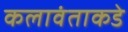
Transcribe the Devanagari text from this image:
कलावंताकडे